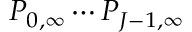
P _ { 0 , \infty } \cdots P _ { J - 1 , \infty }